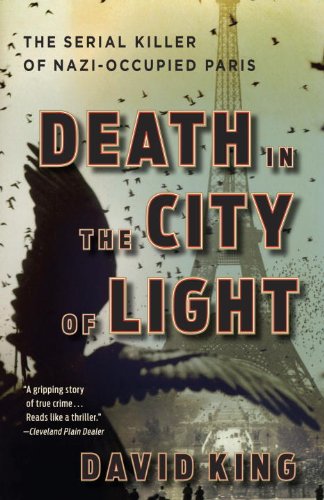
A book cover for Death in the City of Light: The Serial Killer of Nazi-Occupied Paris; David King; Biographies & Memoirs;